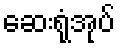
ဆေးရုံအုပ်